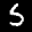
Label: 5